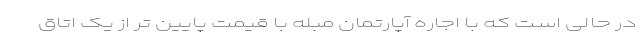
در حالی است که با اجاره آپارتمان مبله با قیمت پایین تر از یک اتاق